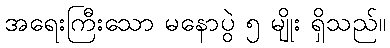
အရေးကြီးသော မနောပွဲ ၅ မျိုး ရှိသည်။